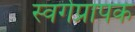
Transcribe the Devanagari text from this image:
स्वर्गप्रापक